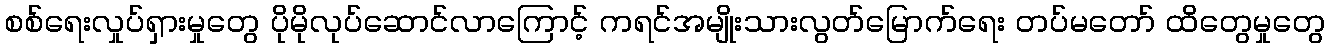
စစ်ရေးလှုပ်ရှားမှုတွေ ပိုမိုလုပ်ဆောင်လာကြောင့် ကရင်အမျိုးသားလွတ်မြောက်ရေး တပ်မတော် ထိတွေမှုတွေ